Vital statistics of India. Vol. VI, European troops 1870-79
Year: 1870
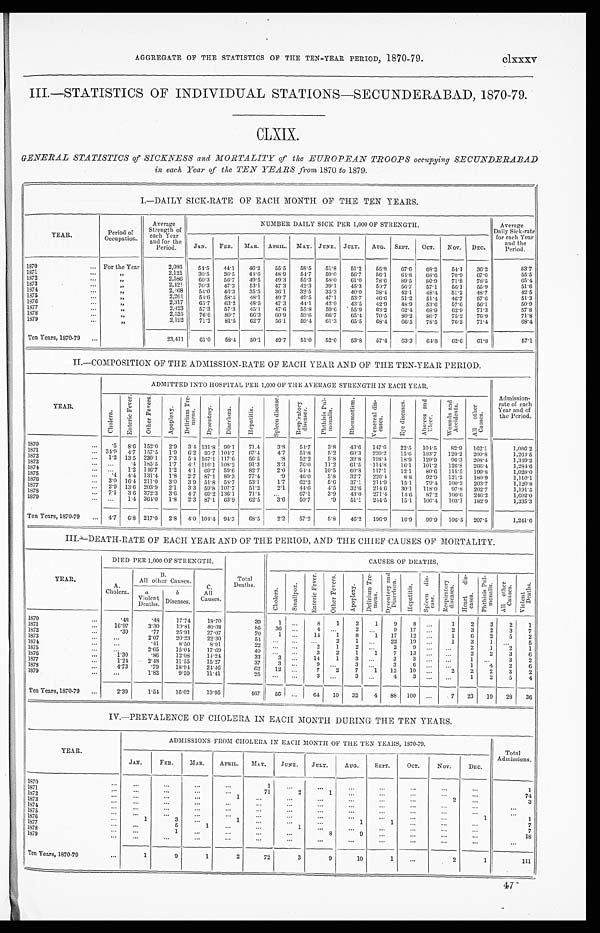
AGGREGATE OF THE STATISTICS OF THE TEN-YEAR PERIOD, 1870-79. clxxxv
III.—STATISTICS OF INDIVIDUAL STATIONS—SECUNDERABAD, 1870-79.
CLXIX.
GENERAL STATISTICS of SICKNESS and MORTALITY of the EUROPEAN TROOPS occupying SECUNDERABAD
in each Year of the TEN YEARS from 1870 to 1879.
I.—DAILY SICK-RATE OF EACH MONTH OF THE TEN YEARS.
YEAR.
Per i od of Occupat i on.
Av e r a g e S t r e n g t h o f e a c h Ye a r a n d f o r t h e P e r i o d .
NUMBER DAILY SICK PER 1,000 OF STRENGTH.
Average
Daily Sick-rate
for each Year
and the
Period.
JAN.
FEB. MAR.
APRIL.
MAY.
JUNE.
JULY.
AUG.
SEPT.
OCT.
NOV. DEC.
1870
For the Year
2 , 0 8 6
5 4 . 5
4 4 . 1
4 6 . 2
5 5 . 5
5 8 . 5
5 1 . 8
5 1 . 2
5 6 . 8
6 7 . 6
6 8 . 2
5 4 . 1
3 6 . 2
5 3 . 7
1871
"
2 , 1 2 1
3 0 . 5
3 6 . 5
4 4 . 6
4 8 . 9
5 4 . 7
5 9 . 0
5 6 . 7
5 6 . 1
6 4 . 8
6 8 . 6
7 0 . 9
6 7 . 0
5 5 . 5
1872
"
"
2 , 5 8 6
6 0 . 3
5 6 . 7
4 9 . 5
4 9 . 3
5 5 . 3
5 8 . 0
6 1 . 0
7 8 . 6
8 9 . 5
8 0 . 9
7 1 . 8
7 8 . 5
6 5 . 4
1873
"
2 , 4 2 1
7 0 . 3
4 7 . 3
5 3 . 1
4 7 . 3
4 2 . 3
3 9 . 1
4 5 . 3
5 0 . 7
5 6 . 7
5 7 . 1
5 6 . 1
5 5 . 9
5 1 . 6
1874
"
2 , 4 6 8
5 4 . 0
4 6 . 3
3 5 . 5
3 6 . 1
3 2 . 5
3 5 . 3
4 0 . 0
3 8 . 4
4 2 . 1
4 8 . 4
5 1 . 2
4 8 . 7
4 2 . 5
1875
"
2 , 2 6 1
5 4 . 6
5 8 . 4
4 8 . 1
4 9 . 7
4 9 . 5
4 7 . 1
5 3 . 7
4 6 . 6
5 1 . 2
5 1 . 4
4 6 . 7
5 7 . 6
5 1 . 3
1876
"
2 , 3 1 7
6 5 . 7
6 3 . 2
4 8 . 5
4 7 . 3
4 4 . 1
4 2 . 9
4 3 . 5
4 2 . 9
4 8 . 9
5 3 . 6
5 7 . 6
5 6 . 1
5 0 . 9
1877
"
2 , 4 2 3
5 7 . 3
5 7 . 3
4 5 . 1
4 7 . 6
5 5 . 8
5 9 . 6
5 5 . 9
6 3 . 2
6 2 . 4
6 8 . 9
6 2 . 9
7 1 . 3
5 7 . 8
1878
"
2 , 5 3 5
7 6 . 6
8 0 . 7
6 6 . 3
6 0 . 9
5 9 . 6
6 6 . 7
6 5 . 4
7 0 . 5
8 0 . 2
8 0 . 7
7 5 . 2
7 6 . 9
7 1 . 8
1879
"
2 , 1 9 2
7 1 . 2
8 1 . 5
6 2 . 7
5 6 . 1
5 9 . 4
6 1 . 3
6 5 . 5
6 8 . 4
6 6 . 5
7 8 . 5
7 6 . 2
7 1 . 4
6 8 . 4
Ten Years, 1870-79
2 3 , 4 1 1
6 1 . 0
5 8 . 4
5 0 . 1
4 9 . 7
5 1 . 0
5 2 . 0
5 3 . 8
5 7 . 4
6 3 . 3
6 4 . 8
6 2 . 6
6 1 . 8
5 7 . 1
II.—COMPOSITION OF THE ADMISSION-RATE OF EACH YEAR AND OF THE TEN-YEAR PERIOD.
YEAR.
ADMITTED INTO HOSPITAL PER 1,000 OF THE AVERAGE STRENGTH IN EACH YEAR.
Admi s s i on- r at e of each Year and of t he Per i od.
Cholera
En t e r i c F e v e r
Ot he r Fe ve r s .
Ap o p l e x y
D e l i r i u m T r e me n s
Dysent er y
D i a r r h œ a
Hepat i t i s
S p l e e n d i s e a s e
R e s p i r a t o r y d i s e a s e s
P h t h i s i s P u l mo n a l i s
R h e u ma t i s m
Ve n e r e a l d i s e a s e s
E y e d i s e a s e s
Ab s c e s s a n d Ul c e r
Wo u n d s a n d Ac c i d e n t s
A l l o t h e r C a u s e s
1870
. 5
8 . 6
1 5 2 . 0
2 . 9
3 . 4
1 3 1 . 8
9 0 . 1
7 1 . 4
3 . 8
5 4 . 7
3 . 8
4 3 . 6
1 4 7 . 6
2 2 . 5
1 0 4 . 5
8 2 . 9
1 6 2 . 1
1 , 0 8 6 . 2
1871
3 4 . 9
4 . 7
1 5 7 . 5
1 . 9
6 . 2
9 5 . 7
1 0 4 . 7
6 7 . 4
4 . 7
5 1 . 8
5 . 2
6 0 . 3
2 2 0 . 2
1 5 . 6
1 0 3 . 7
1 2 0 . 2
2 0 9 . 8
1 , 2 6 4 . 5
1872
1 . 2
1 3 . 5
2 3 0 . 1
7 . 3
5 . 4
1 6 7 . 1
1 1 7 . 6
5 6 . 5
. 8
5 2 . 2
5 . 8
3 9 . 8
1 9 8 . 4
1 8 . 9
1 2 9 . 9
9 6 . 3
2 0 8 . 4
1 , 3 4 9 . 2
1873
. . .
. 4
1 8 5 . 5
1 . 7
4 . 1
1 1 6 . 1
1 0 8 . 2
9 1 . 3
3 . 3
7 0 . 0
1 1 . 2
6 1 . 5
1 1 4 . 8
1 6 . 1
1 0 1 . 2
1 2 6 . 8
2 6 6 . 4
1 , 2 8 4 . 6
1874
. . .
1 . 2
1 4 6 . 7
1 . 2
4 . 1
6 9 . 7
5 9 . 6
8 2 . 7
2 . 0
6 4 . 4
1 0 . 5
6 0 . 8
1 1 7 . 1
1 2 . 1
8 0 . 6
1 1 5 . 5
1 9 9 . 8
1 , 0 2 8 . 0
1875
. 4
4 . 4
1 3 1 . 4
1 . 8
2 . 7
8 7 . 1
8 9 . 3
7 7 . 4
. 9
4 6 . 0
5 . 8
3 2 . 7
2 2 6 . 4
8 . 8
9 2 . 9
1 2 1 . 2
1 8 0 . 9
1 , 1 1 0 . 1
1876
3 . 0
1 6 . 4
2 1 1 . 0
3 . 0
3 . 9
5 1 . 8
5 8 . 7
5 3 . 1
1 . 7
6 2 . 2
5 . 6
3 7 . 1
2 1 4 . 9
1 5 . 1
7 9 . 4
1 0 0 . 2
2 0 3 . 7
1 , 1 2 0 . 8
1877
2 . 9
1 3 . 6
2 0 3 . 9
2 . 1
3 . 3
5 9 . 8
1 0 7 . 7
5 1 . 2
2 . 1
4 4 . 6
4 . 5
3 2 . 6
2 1 4 . 6
3 0 . 1
1 1 8 . 0
9 7 . 8
2 0 2 . 7
1 , 1 9 1 . 5
1878
7 . 1
3 . 6
3 7 2 . 3
3 . 6
4 . 7
6 9 . 2
1 3 6 . 1
7 1 . 4
. . .
6 7 . 1
3 . 9
4 3 . 0
2 7 1 . 4
1 4 . 6
8 7 . 2
1 0 0 . 6
2 4 6 . 2
1 , 6 0 2 . 0
1879
. . .
1 . 4
3 6 4 . 0
1 . 8
2 . 3
8 7 . 1
6 3 . 9
6 2 . 5
3 . 6
5 0 . 7
. 9
5 1 . 1
2 4 4 . 5
1 5 . 1
1 0 0 . 4
1 0 3 . 1
1 8 2 . 9
1 , 3 3 5 . 3
Ten Years, 1870-79
4 . 7
6 . 8
2 1 7 . 0
2 . 8
4 . 0
1 0 4 . 4
9 4 . 3
6 8 . 5
2 . 2
5 7 . 2
5 . 8
4 6 . 2
1 9 6 . 9
1 6 . 9
9 9 . 9
1 0 6 . 5
2 0 7 . 5
1 , 2 4 1 . 6
III.—DEATH-RATE OF EACH YEAR AND OF THE PERIOD, AND THE CHIEF CAUSES OF MORTALITY.
YEAR.
DIED PER 1,000 PER STRENGTH.
Total
Deaths.
CAUSES OF DEATHS.
A.
Cholera.
B.
All other Causes.
C.
All
Causes.
Chol era
Smal l pox
E n t e r i c F e v e r
Ot h e r F e v e r s
Apopl exy
D e l i r i u m T r e m e n s
Sydent er y and Di ar r hœa Hepat i t i s
S p l e e n d i s e a s e
R e s p i r a t o r y d i s e a s e s
H e a r t d i s e a s e s
P h t h i s i s P u l m o n a l i s
Al l ot her Caus es
Vi ol ent Deat hs
a
Violent
Deaths.
b
Diseases.
1 8 7 0
. 4 8
. 4 8
1 7 . 7 4
1 8 . 7 0
3 9
1
. . .
8
1
2
1
9
8
. . .
1
2
3
2
1
1871
1 6 . 9 7
3 . 3 0
1 9 . 8 1
4 0 . 0 8
8 5
3 6
. . .
4
. . .
2
. . .
9
1 7
. . .
2
3
2
3
7
1872
. 3 9
7 7
2 5 . 9 1
2 7 . 0 7
7 0
1
. . .
1 4
1
8
1
1 7
1 2
. . .
1
6
2
5
2
1 8 7 3
. . .
2 . 0 7
2 0 . 2 3
2 2 . 3 0
5 4
. . .
. . .
. . .
2
1
. . .
2 2
1 9
. . .
1
3
1
. . .
5
1874
. . .
. 4 1
8 . 5 0
8 . 9 1
2 2
. . .
. . .
2
1
2
. . .
2
9
. . .
. . .
2
1
2
1
1875
. . .
2 . 6 5
1 5 . 0 4
1 7 . 6 9
4 0
. . .
. . .
3
2
1
1
7
1 3
. . .
. . .
2
2
3
6
1876
1 . 3 0
. 8 6
1 2 . 0 8
1 4 . 2 4
3 3
3
. . .
1 4
1
3
. . .
3
3
. . .
. . .
1
. . .
3
2
1 8 7 7
1 . 2 4
2 . 4 8
1 1 . 5 5
1 5 . 2 7
3 7
3
. . .
9
. . .
3
. . .
3
6
. . .
. . .
1
4
2
6
1878
4 . 7 3
. 7 9
1 8 . 9 4
2 4 . 4 6
6 2
1 2
. . .
7
2
7
1
1 2
1 0
. . .
2
2
2
3
2
1879
. . .
1 . 8 2
9 . 5 9
1 1 . 4 1
2 5
. . .
. . .
3
. . .
3
. . .
4
3
. . .
. . .
1
2
5
4
Ten Years, 1870-79
2 . 3 9
1 . 5 4
1 6 . 0 2
1 9 . 9 5
4 6 7
5 6
. . .
6 4
1 0
3 2
4
8 8
1 0 0
. . .
7
2 3
1 9
2 8
3 6
IV.—PREVALENCE OF CHOLERA IN EACH MONTH DURING THE TEN YEARS.
YEAR.
ADMISSIONS FROM CHOLERA IN EACH MONTH OF THE TEN YEARS, 1870-79.
Total
Admissions.
JAN.
FEB.
MAR.
APRIL.
MAY.
JUNE.
JULY.
AUG.
SEPT.
OCT.
NOV.
DEC.
1870
. . .
. . .
. . .
. . .
1
. . .
. . .
. . .
. . .
. . .
. . .
. . .
1
1871
. . .
. . .
. . .
. . .
7 1
2
1
. . .
. . .
. . .
. . .
. . .
7 4
1 8 7 2
. . .
. . .
. . .
1
. . .
. . .
. . .
. . .
. . .
. . .
2
. . .
3
1873
. . .
. . .
. . .
. . .
. . .
. . .
. . .
. . .
. . .
. . .
. . .
. . .
. . .
1874
. . .
. . .
. . .
. . .
. . .
. . .
. . .
. . .
. . .
. . .
. . .
. . .
. . .
1875
. . .
. . .
. . .
. . .
. . .
. . .
. . .
. . .
. . .
. . .
. . .
1
1
1876
1
3
. . .
1
. . .
. . .
. . .
1
1
. . .
. . .
. . .
7
1877
. . .
5
1
. . .
. . .
1
. . .
. . .
. . .
. . .
. . .
. . .
7
1878
. . .
1
. . .
. . .
. . .
. . .
8
9
. . .
. . .
. . .
. . .
1 8
1879
. . .
. . .
. . .
. . .
. . .
. . .
. . .
. . .
. . .
. . .
. . .
. . .
. . .
Ten Years, 1870-79
1
9
1
2
7 2
3
9
1 0
1
. . .
2
1
1 1 1
47